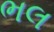
ભલ